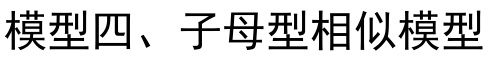
模型四、子母型相似模型